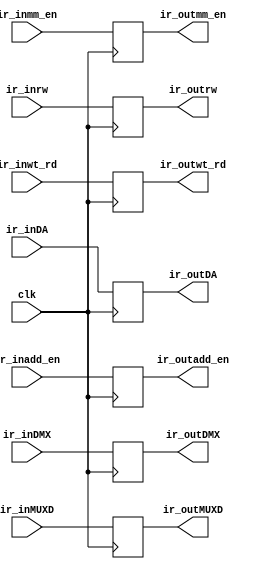
`timescale 1ns / 1ps
//////////////////////////////////////////////////////////////////////////////////
// Company: University of Missouri-Kansas City
// Module Name: i_reg
// Project Name: Final_228
//////////////////////////////////////////////////////////////////////////////////

module i_reg 
//#(  parameter IN_MSB = 3,
//    parameter OUT_MSB = 3)
  #(  parameter IR_BIT_WIDTH = 4 )
(   input clk,
    //input [IN_MSB-1:0] ir_in,
    //output reg [IN_MSB - OUT_MSB:0] ir_nxt,
    //output reg [OUT_MSB:0] ir_out
    input ir_inDMX, 
    input ir_inmm_en, 
    input [1:0] ir_inadd_en, 
    input ir_inMUXD, 
    input ir_inrw, 
    input [1:0] ir_inwt_rd,
    input [IR_BIT_WIDTH - 1:0] ir_inDA,
    output reg ir_outDMX, 
    output reg ir_outmm_en, 
    output reg [1:0] ir_outadd_en, 
    output reg ir_outMUXD, 
    output reg ir_outrw,
    output reg [1:0] ir_outwt_rd,
    output reg [IR_BIT_WIDTH - 1:0] ir_outDA
    );

    always@(posedge clk) 
    begin
        /*ir_nxt <= ir_in[IN_MSB - (OUT_MSB):0]; //trim off the top
        ir_out <= ir_in[IN_MSB - 1:IN_MSB - OUT_MSB]; //send outputs
        */
       ir_outDMX   <=  ir_inDMX;    
       ir_outmm_en  <=  ir_inmm_en;   
       ir_outadd_en <=  ir_inadd_en;  
       ir_outMUXD   <=  ir_inMUXD;    
       ir_outrw     <=  ir_inrw;  
       ir_outwt_rd  <=  ir_inwt_rd;    
       ir_outDA     <=  ir_inDA;
    end
endmodule